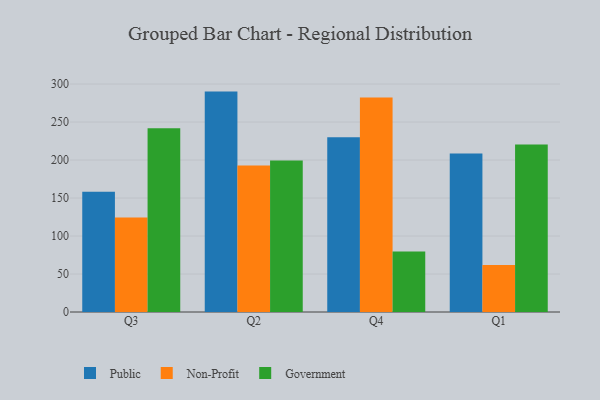
{"axis": {"x": "Quarter", "y": "Satisfaction Score"}, "legend": ["Government", "Non-Profit", "Public"], "data": [{"x": "Q3", "y": 158.1, "type": "Public"}, {"x": "Q3", "y": 124.3, "type": "Non-Profit"}, {"x": "Q3", "y": 241.7, "type": "Government"}, {"x": "Q2", "y": 290.0, "type": "Public"}, {"x": "Q2", "y": 192.6, "type": "Non-Profit"}, {"x": "Q2", "y": 199.2, "type": "Government"}, {"x": "Q4", "y": 229.8, "type": "Public"}, {"x": "Q4", "y": 282.4, "type": "Non-Profit"}, {"x": "Q4", "y": 79.7, "type": "Government"}, {"x": "Q1", "y": 208.4, "type": "Public"}, {"x": "Q1", "y": 61.8, "type": "Non-Profit"}, {"x": "Q1", "y": 220.5, "type": "Government"}]}